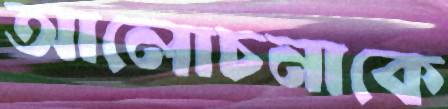
আলোচনাকে